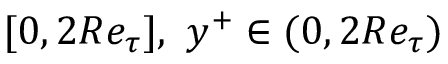
[ 0 , 2 R e _ { \tau } ] , ~ y ^ { + } \in ( 0 , 2 R e _ { \tau } )